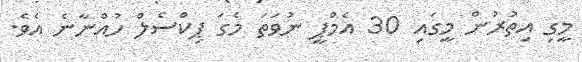
މީގި އިތުރުން މީގައި 30 އެމްޕީ ނުވަތަ މެގަ ޕިކްސެލް ހުއްނާނެ އެވެ.